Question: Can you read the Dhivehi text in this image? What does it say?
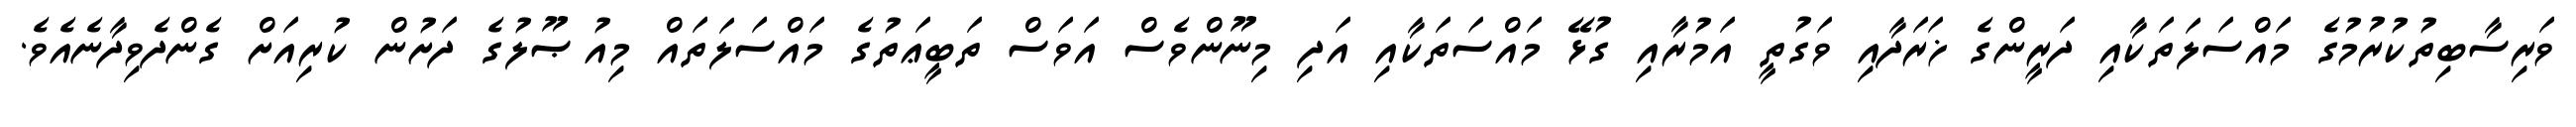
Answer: ވަރިސާބިތުކުރުމުގެ މައްސަލަތަކާއި ދަރީންގެ ޚަރަދާއި ވަގުތީ އަމުރާއި ގުޅޭ މައްސަތަކާއި އަދި މިނޫންވެސް އަވަސް ތަބީޢަތުގެ މައްސަލަތައް މިއުޞޫލުގެ ދަށުން ކުރިއަށް ގެންދެވިދާނެއެވެ.